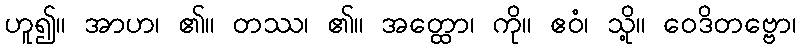
ဟူ၍။ အာဟ၊ ၏။ တဿ၊ ၏။ အတ္ထော၊ ကို။ ဧဝံ၊ သို့။ ဝေဒိတဗ္ဗော၊